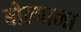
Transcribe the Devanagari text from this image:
बोल्गाना